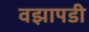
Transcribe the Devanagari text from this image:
वझापडी